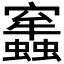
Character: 𧔂